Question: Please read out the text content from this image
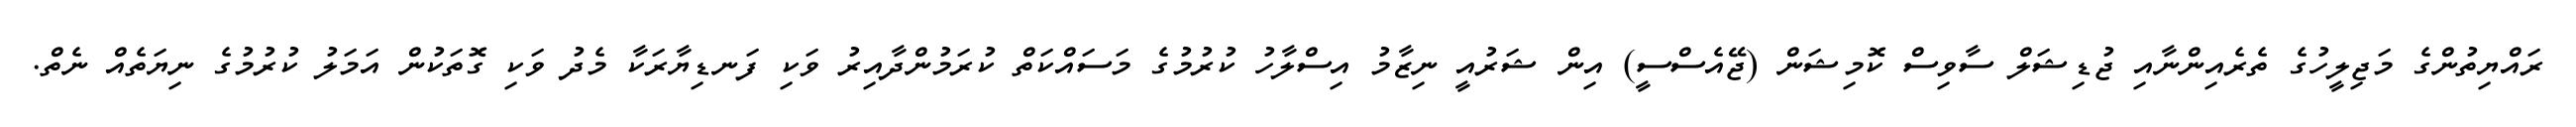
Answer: ރައްޔިތުންގެ މަޖިލީހުގެ ތެރެއިންނާއި ޖުޑިޝަލް ސާވިސް ކޮމިޝަން (ޖޭއެސްސީ) އިން ޝަރުއީ ނިޒާމު އިސްލާހު ކުރުމުގެ މަސައްކަތް ކުރަމުންދާއިރު ވަކި ފަނޑިޔާރަކާ މެދު ވަކި ގޮތަކުން އަމަލު ކުރުމުގެ ނިޔަތެއް ނެތް.